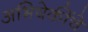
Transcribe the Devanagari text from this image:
अभिषेकींचे